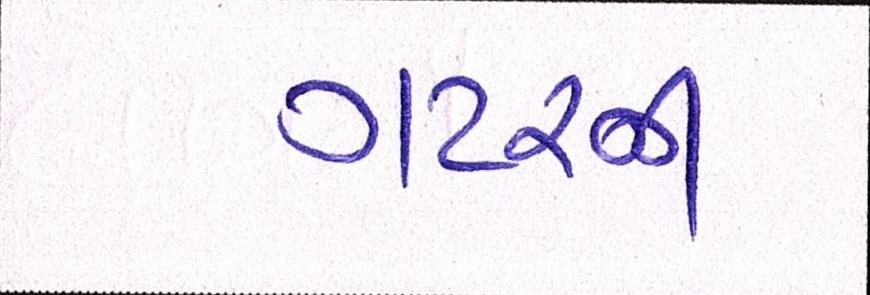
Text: ગટરની